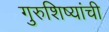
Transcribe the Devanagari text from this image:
गुरुशिष्यांची